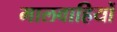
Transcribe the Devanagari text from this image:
मालवाहियों